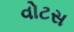
વોટસ